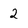
Character: 2